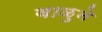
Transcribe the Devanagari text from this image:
वाळुने